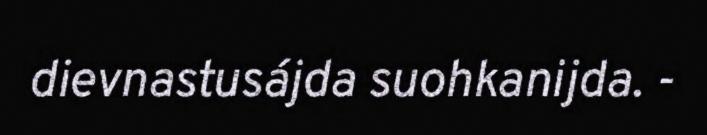
dievnastusájda suohkanijda. -